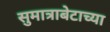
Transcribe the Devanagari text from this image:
सुमात्राबेटाच्या